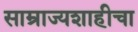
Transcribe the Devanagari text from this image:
साम्राज्यशाहीचा